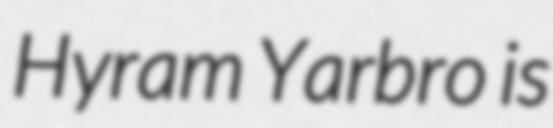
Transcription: Hyram Yarbro is